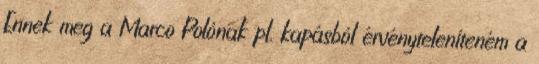
Ennek meg a Marco Polónak pl. kapásból érvényteleníteném a